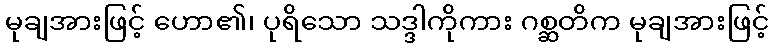
မုချအားဖြင့် ဟော၏၊ ပုရိသော သဒ္ဒါကိုကား ဂစ္ဆတိက မုချအားဖြင့်